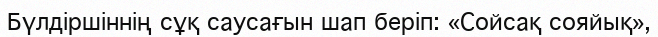
Бүлдiршiннiң сұқ саусағын шап берiп: «Сойсақ сояйық»,